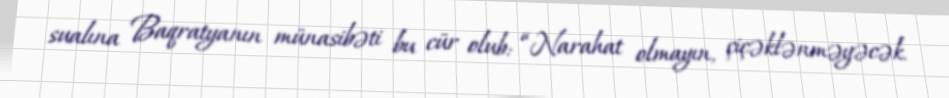
sualına Baqratyanın münasibəti bu cür olub: “Narahat olmayın, çiçəklənməyəcək.